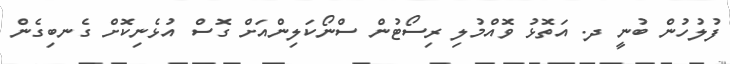
ފުލުހުން ބުނީ ދ. އަތޮޅު ވޮއްމުލި ރިސޯޓުން ސްނޯކަލިންއަށް ގޮސް އުޅެނިކޮށް ގެނބިގެން